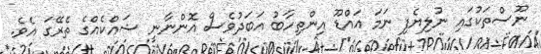
ނޫސްތަކުގައި ނުލިޔެފި ނަމަ އައްޑޫ އިންތިހާބު އަބަދުވެސް އޮންނާނީ ޝައްކެއްގެ ތެރޭގަ އެވެ.